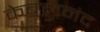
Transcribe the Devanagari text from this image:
केबलनंद